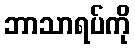
ဘာသာရပ်ကို